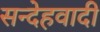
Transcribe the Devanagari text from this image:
सन्देहवादी